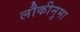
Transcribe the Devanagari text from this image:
लौकीनुमा